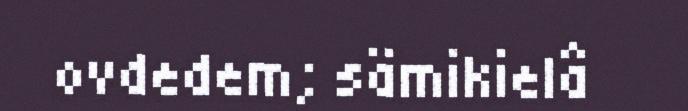
ovdedem; sämikielâ